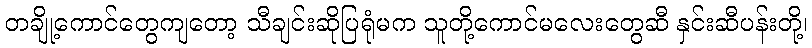
တချို့ကောင်တွေကျတော့ သီချင်းဆိုပြရုံမက သူတို့ကောင်မလေးတွေဆီ နှင်းဆီပန်းတို့၊